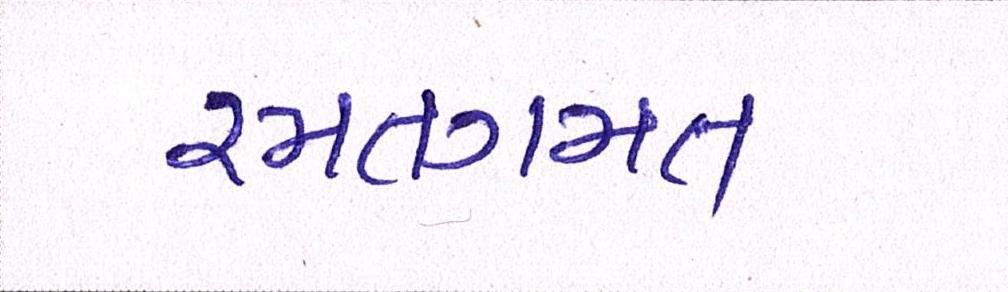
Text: રમતગમત